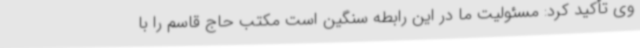
وی تأکید کرد: مسئولیت ما در این رابطه سنگین است مکتب حاج قاسم را با